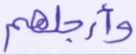
وأرجلهم